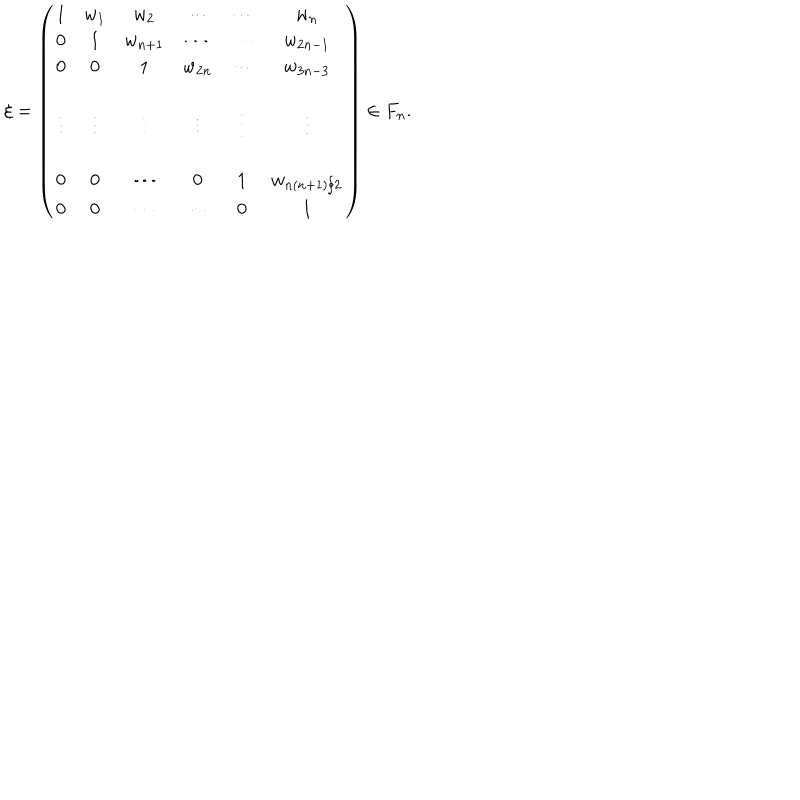
\xi = \left( \begin{matrix} { { 1 } } & { { w _ { 1 } } } & { { w _ { 2 } } } & { { \cdots } } & { { \cdots } } & { { w _ { n } } } \\ { { 0 } } & { { 1 } } & { { w _ { n + 1 } } } & { { \cdots } } & { { \cdots } } & { { w _ { 2 n - 1 } } } \\ { { 0 } } & { { 0 } } & { { 1 } } & { { w _ { 2 n } } } & { { \cdots } } & { { w _ { 3 n - 3 } } } \\ { { } } & { { } } & { { } } & { { } } & { { } } & { { } } \\ { { \vdots } } & { { \vdots } } & { { \vdots } } & { { \vdots } } & { { \vdots } } & { { \vdots } } \\ { { } } & { { } } & { { } } & { { } } & { { } } & { { } } \\ { { 0 } } & { { 0 } } & { { \cdots } } & { { 0 } } & { { 1 } } & { { w _ { n ( n + 1 ) / 2 } } } \\ { { 0 } } & { { 0 } } & { { \cdots } } & { { \cdots } } & { { 0 } } & { { 1 } } \\ \end{matrix} \right) \in F _ { n } .